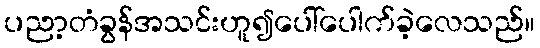
ပညာ့တံခွန်အသင်းဟူ၍ပေါ်ပေါက်ခဲ့လေသည်။